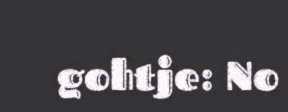
gohtje: No